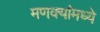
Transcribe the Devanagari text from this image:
मणक्यांमध्ये